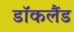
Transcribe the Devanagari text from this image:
डॉकलैंड